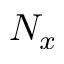
N _ { x }